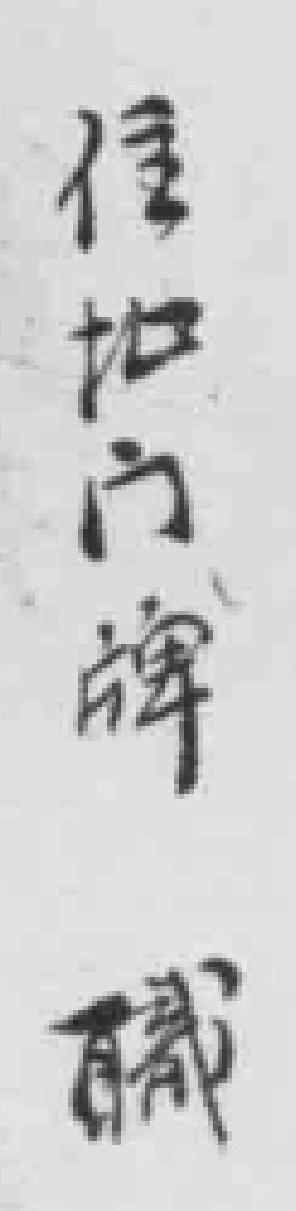
住址门牌 職